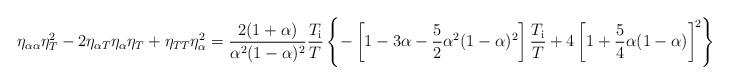
LaTeX: \begin{align*}\eta_{\alpha\alpha}\eta_T^2 - 2 \eta_{\alpha T}\eta_{\alpha}\eta_T + \eta_{TT}\eta_{\alpha}^2&= \frac{2(1+\alpha)}{\alpha^2(1-\alpha)^2}\frac{T_{\rm i}}{T}\left\{-\left[1 - 3\alpha - \frac{5}{2}\alpha^2(1 - \alpha)^2\right]\frac{T_{\rm i}}{T} + 4\left[1 + \frac{5}{4}\alpha(1 - \alpha)\right]^{\! 2}\right\},\end{align*}